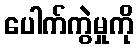
ပေါက်ကွဲမှုကို